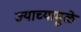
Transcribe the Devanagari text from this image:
ज्याच्यामुळे